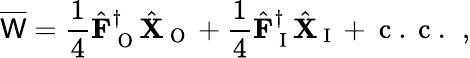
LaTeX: \overline{{\mathsf{W}}}=\frac{1}{4}\hat{\mathbf{F}}_{\mathrm{~O~}}^{\dagger}\hat{\mathbf{X}}_{\mathrm{~O~}}+\frac{1}{4}\hat{\mathbf{F}}_{\mathrm{~I~}}^{\dagger}\hat{\mathbf{X}}_{\mathrm{~I~}}+\mathrm{~c~.~c~.~}\, ,